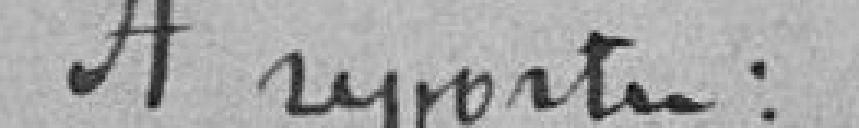
A reporter